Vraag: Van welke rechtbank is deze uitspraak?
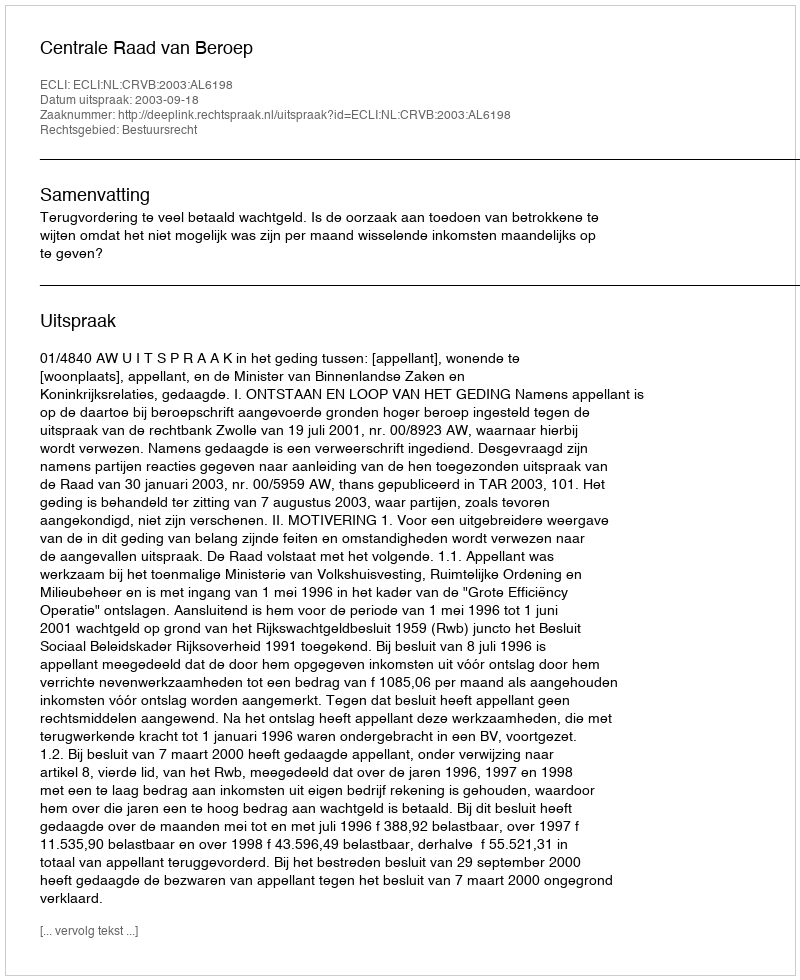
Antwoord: Centrale Raad van Beroep